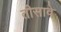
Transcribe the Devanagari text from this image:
तीसावे